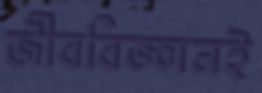
জীববিজ্ঞানই